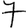
Digit: 7